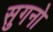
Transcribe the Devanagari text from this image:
सुगनो